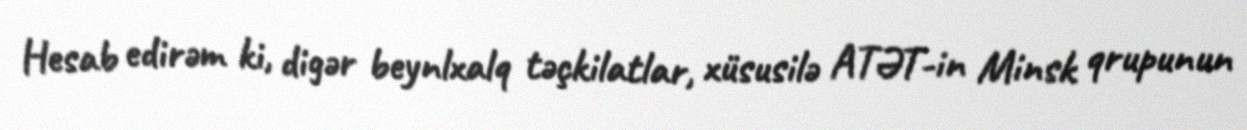
Hesab edirəm ki, digər beynlxalq təçkilatlar, xüsusilə ATƏT-in Minsk qrupunun